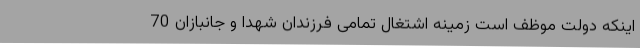
اینکه دولت موظف است زمینه اشتغال تمامی فرزندان شهدا و جانبازان 70